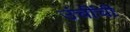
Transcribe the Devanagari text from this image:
उंचींची